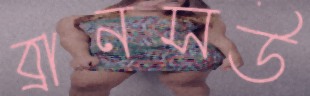
ব্রানসউ